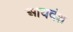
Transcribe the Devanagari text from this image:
आयवंश